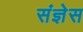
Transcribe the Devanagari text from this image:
संज्ञेस